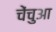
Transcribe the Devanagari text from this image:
चेंचुआ